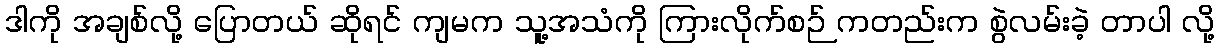
ဒါကို အချစ်လို့ ပြောတယ် ဆိုရင် ကျမက သူ့အသံကို ကြားလိုက်စဉ် ကတည်းက စွဲလမ်းခဲ့ တာပါ လို့